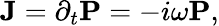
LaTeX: {\mathbf J}=\partial_{t}{\mathbf P}=-i\omega{\mathbf P},